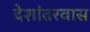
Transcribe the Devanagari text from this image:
देशांतरवास